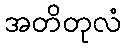
အတိတုလံ